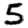
Digit: 5